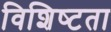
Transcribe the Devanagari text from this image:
विशिष्‍टता